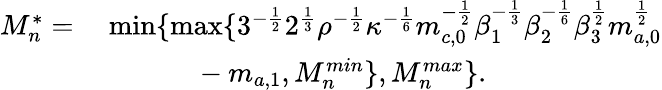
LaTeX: \begin{array}{rl}{M_{n}^{*}=}&{\ \textrm{min}\{ \textrm{max}\{ 3^{-\frac{1}{2}}2^{\frac{1}{3}}\rho^{-\frac{1}{2}}\kappa^{-\frac{1}{6}}m_{c,0}^{-\frac{1}{2}}\beta_{1}^{-\frac{1}{3}}\beta_{2}^{-\frac{1}{6}}\beta_{3}^{\frac{1}{2}}m_{a,0}^{\frac{1}{2}}}\\ &{\ \ \ \ \ \ \ \ \ \ \ \ \ -m_{a,1},M_{n}^{min}\} ,M_{n}^{max}\} .}\end{array}